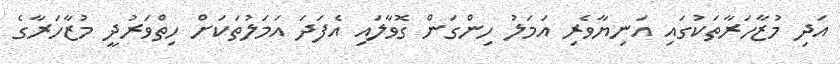
އަދި މުޒާހަރާތަކުގައި އަނިޔާވެރި އަމަލު ހިންގަން ގޮވާލައި އެފަދަ އަމަލުތަކަށް ހިތްވަރުދީ މުޒާހަރާގެ